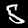
Digit: 5